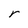
Character: r